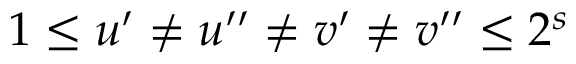
1 \leq u ^ { \prime } \neq u ^ { \prime \prime } \neq v ^ { \prime } \neq v ^ { \prime \prime } \leq 2 ^ { s }